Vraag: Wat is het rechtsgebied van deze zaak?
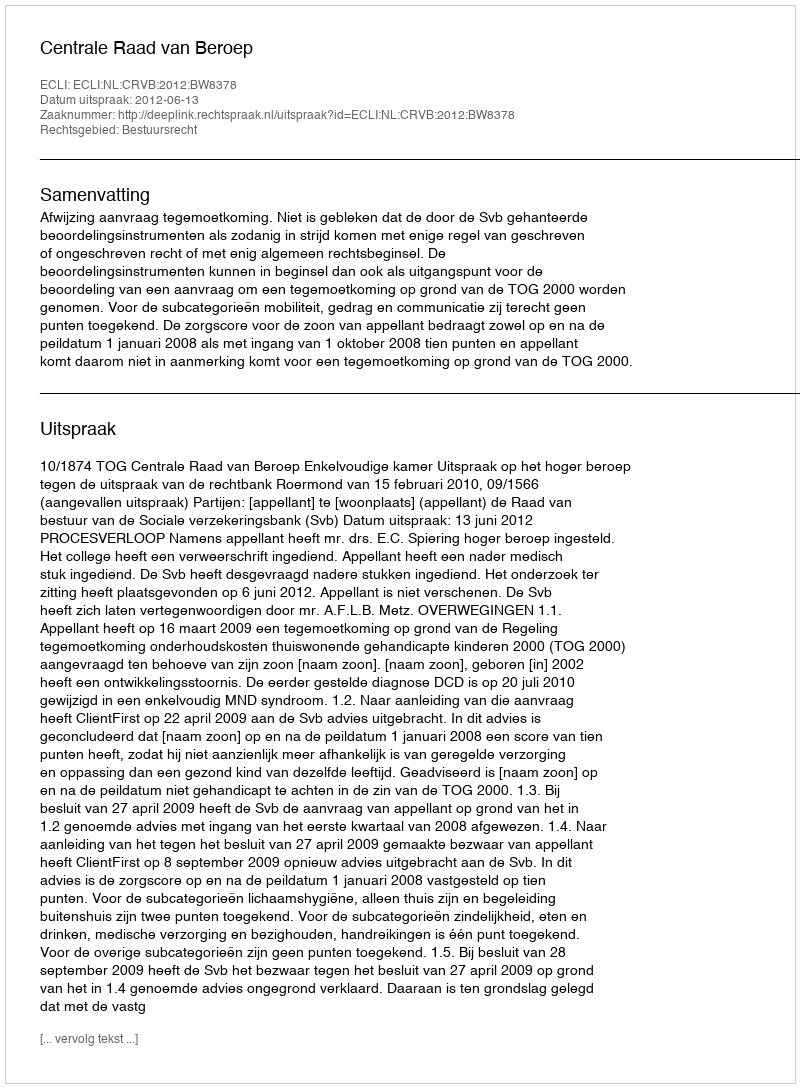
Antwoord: Bestuursrecht